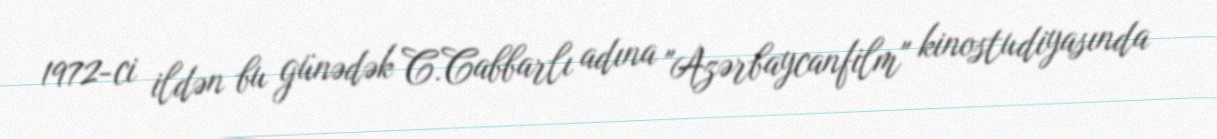
1972-ci ildən bu günədək C.Cabbarlı adına "Azərbaycanfilm" kinostudiyasında